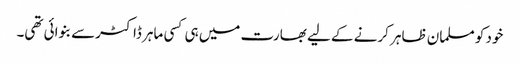
خود کو مسلمان ظاہر کرنے کے لیے بھارت میں ہی کسی ماہر ڈاکٹرسے بنوائی تھی۔